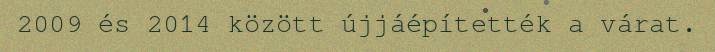
2009 és 2014 között újjáépítették a várat.